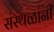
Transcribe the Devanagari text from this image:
संस्थळांनी